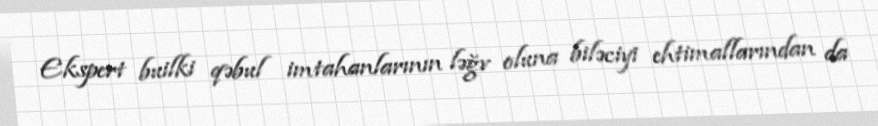
Ekspert builki qəbul imtahanlarının ləğv oluna biləciyi ehtimallarından da